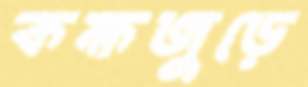
কক্ষজুড়ে